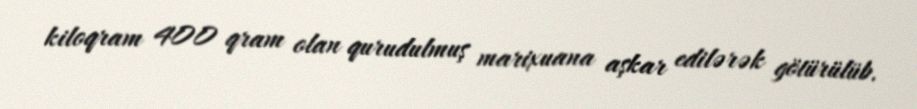
kiloqram 400 qram olan qurudulmuş marixuana aşkar edilərək götürülüb.